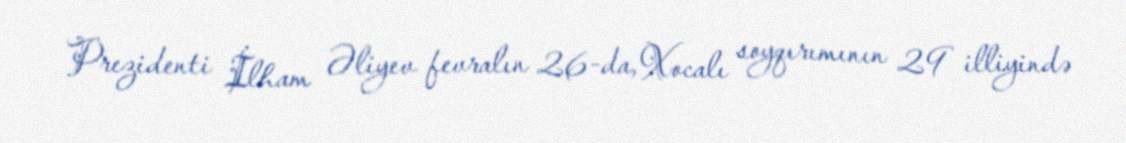
Prezidenti İlham Əliyev fevralın 26-da, Xocalı soyqırımının 29 illiyində